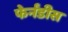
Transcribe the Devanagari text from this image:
फेर्नंडीस